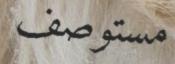
مستوصف